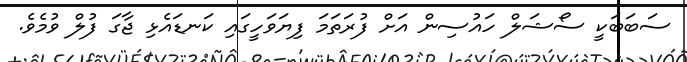
ސަބަބަކީ ސޯޝަލް ހައުސިން އަށް ފުރަތަމަ ފިޔަވަހީގައި ކަނޑައެޅި ޖާގަ ފުލް ވުމެވެ.